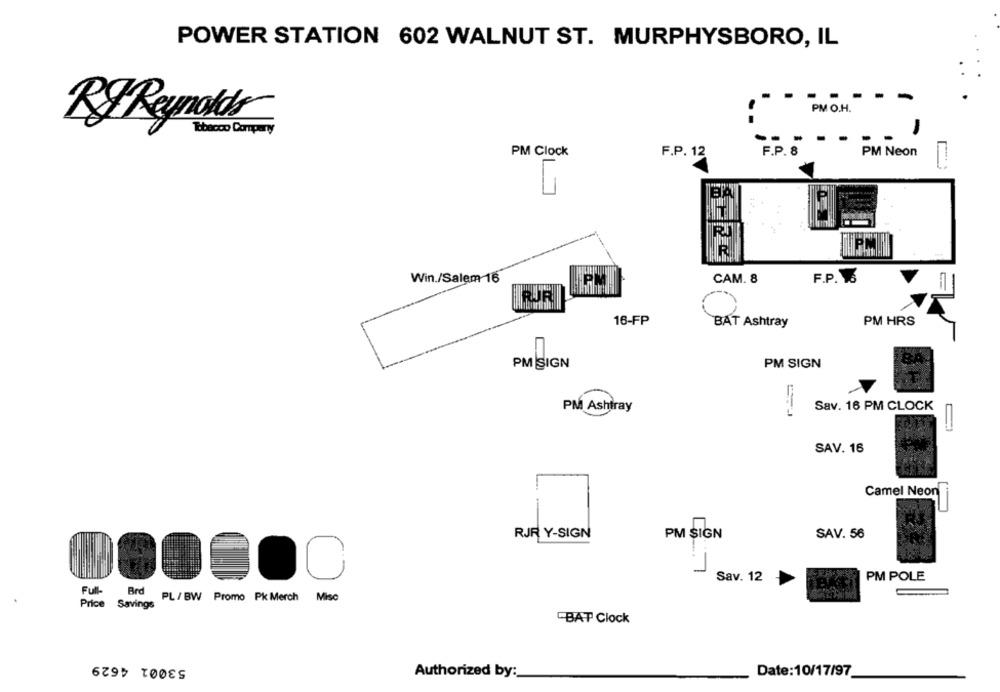
POWER STATION 602 WALNUT ST. MURPHYSBORO, IL
PM O.H.
RF Reynolds
Tobacco Company
F.P. 8
PM Clock
F.P. 12
PM Neon
Win./Salem 16
CAM. 8
F.P.
RUR
16-FP
BAT Ashtray
PM HRS
PM SIGN
PM SIGN
PM Ashtray
Sav. 16 PM CLOCK
SAV. 16
Camel Neon
RJF Y-SIGN
PM SIGN
SAV. 56
Sav. 12
PM POLE
Full-
Brd
PL / BW Promo Pk Merch Misc
Price
Savings
BAT Clock
53001 4629
Authorized by:
Date:10/17/97